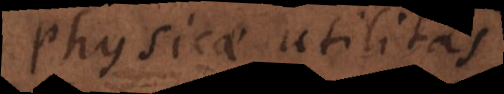
physicae utilitatem